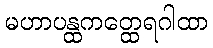
မဟာပန္ထကတ္ထေရဂါထာ